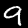
Digit: 9